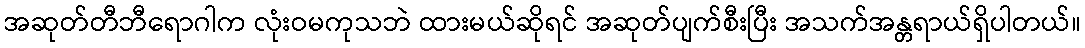
အဆုတ်တီဘီရောဂါက လုံးဝမကုသဘဲ ထားမယ်ဆိုရင် အဆုတ်ပျက်စီးပြီး အသက်အန္တရာယ်ရှိပါတယ်။